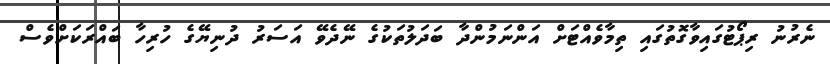
ނެރުނު ރިޕޯޓުގައިވާގޮތުގައި ތިމާވެއްޓަށް އަންނަމުންދާ ބަދަލުތަކުގެ ނޭދެވޭ އަސަރު ދުނިޔޭގެ ހުރިހާ ބައްރަކަށްވެސް